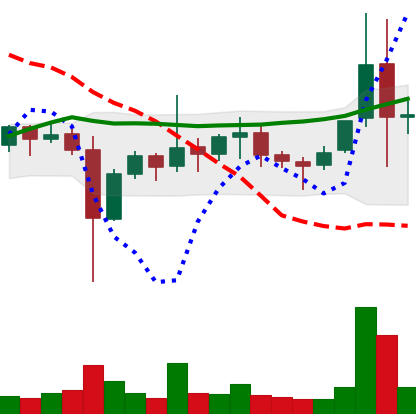
Ticker: ETC-USD
Chart end date: 2021-11-11
Forward return: -10.482%
Label: down_7plus